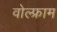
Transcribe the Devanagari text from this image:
वोल्फ्राम